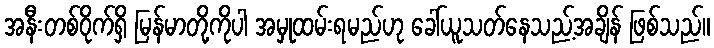
အနီးတစ်ဝိုက်ရှိ မြန်မာတို့ကိုပါ အမှုထမ်းရမည်ဟု ခေါ်ယူသတ်နေသည့်အချိန် ဖြစ်သည်။